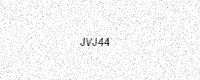
Text: JVJ44